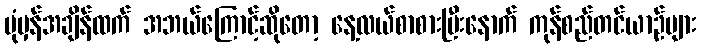
ပုံမှန်အချိန်ထက် အဘယ်ကြောင့်ဆိုတော့ နေ့လယ်စာစားပြီးနောက် ကုန်စည်တင်ယာဉ်များ